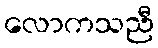
လောကသညီ